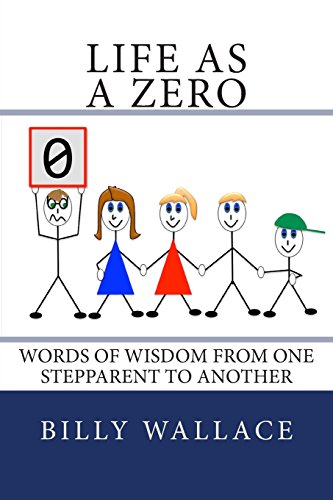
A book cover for Life as a ZERO: Words of wisdom from one stepparent to another; Billy Wallace; Parenting & Relationships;